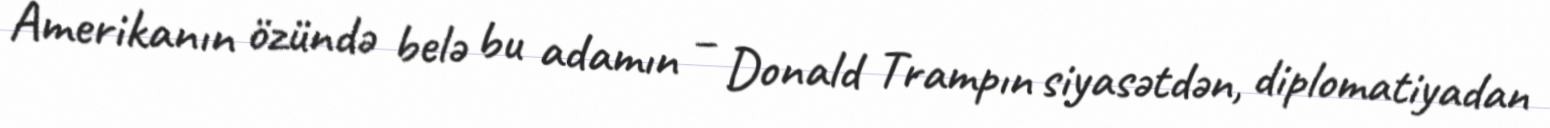
Amerikanın özündə belə bu adamın – Donald Trampın siyasətdən, diplomatiyadan